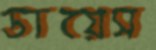
ডায়েস